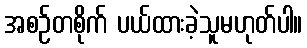
အစဉ်တစိုက် ပယ်ထားခဲ့သူမဟုတ်ပါ။